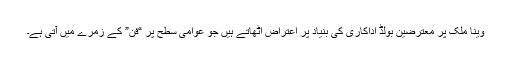
وینا ملک پر معترضین بولڈ اداکاری کی بنیاد پر اعتراض اٹھاتے ہیں جو عوامی سطح پر “فن” کے زمرے میں آتی ہے۔